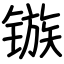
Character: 镞